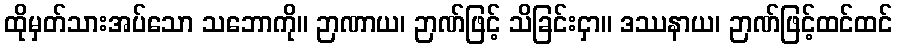
ထိုမှတ်သားအပ်သော သဘောကို။ ဉာဏာယ၊ ဉာဏ်ဖြင့် သိခြင်းငှာ။ ဒဿနာယ၊ ဉာဏ်ဖြင့်ထင်ထင်